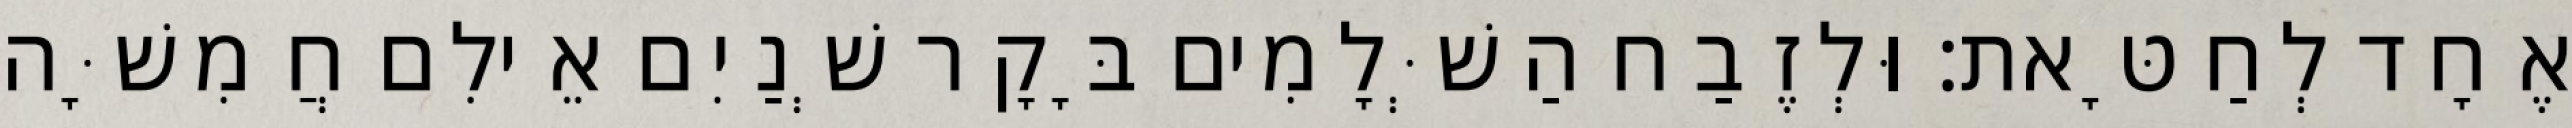
אֶחָד לְחַטָּאת׃ וּלְזֶבַח הַשְּׁלָמִים בָּקָר שְׁנַיִם אֵילִם חֲמִשָּׁה